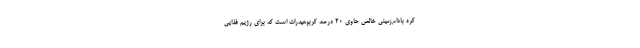
کره بادام‌زمینی خالص حاوی ۲۰ درصد کربوهیدرات است که برای رژیم غذایی